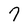
Character: 7